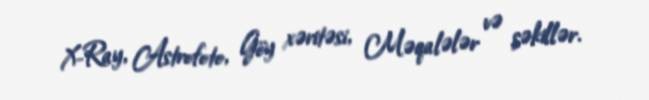
X-Ray, Astrofoto, Göy xəritəsi, Məqalələr və şəkillər.